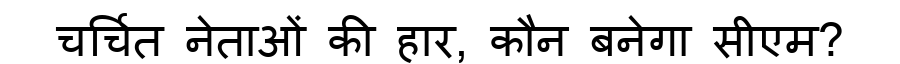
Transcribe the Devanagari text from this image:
चर्चित नेताओं की हार, कौन बनेगा सीएम?